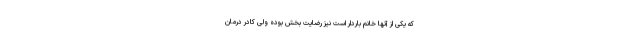
که یکی از آنها خانم باردار است نیز رضایت بخش بوده ولی کادر درمان